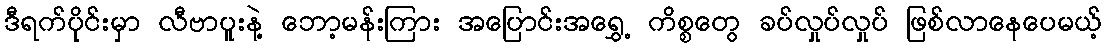
ဒီရက်ပိုင်းမှာ လီဗာပူးနဲ့ ဘော့မန်းကြား အပြောင်းအရွှေ့ ကိစ္စတွေ ခပ်လှုပ်လှုပ် ဖြစ်လာနေပေမယ့်